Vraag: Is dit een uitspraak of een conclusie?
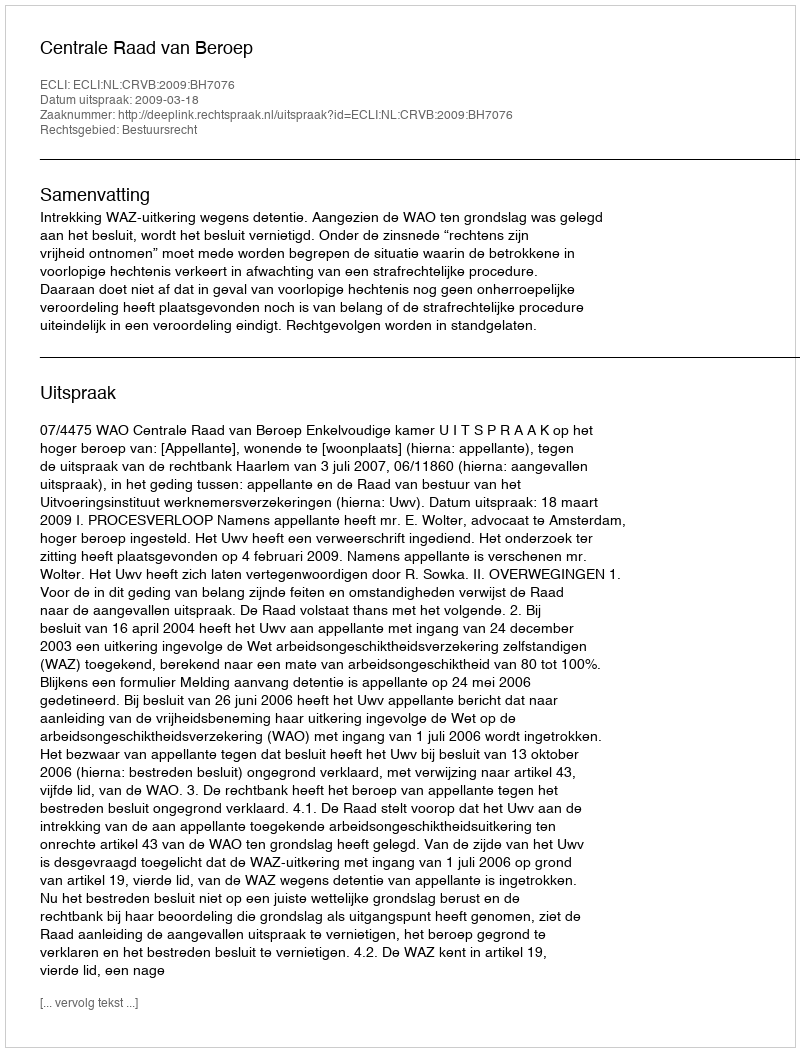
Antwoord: Uitspraak